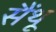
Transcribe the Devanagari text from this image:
सैंथू